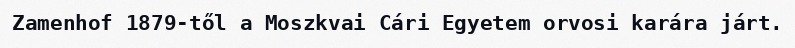
Zamenhof 1879-től a Moszkvai Cári Egyetem orvosi karára járt.